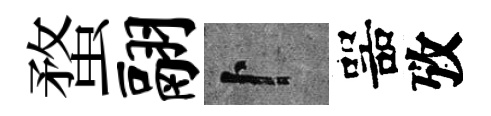
蝥翮卜噐攷